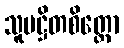
သူပဋ္ဌိတစိတ္တော